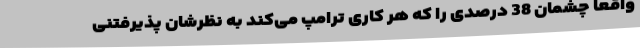
واقعاً چشمان 38 درصدی را که هر کاری ترامپ می‌کند به نظرشان پذیرفتنی